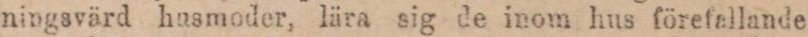
ningsvärd husmoder, lära sig de inom hus förefallande